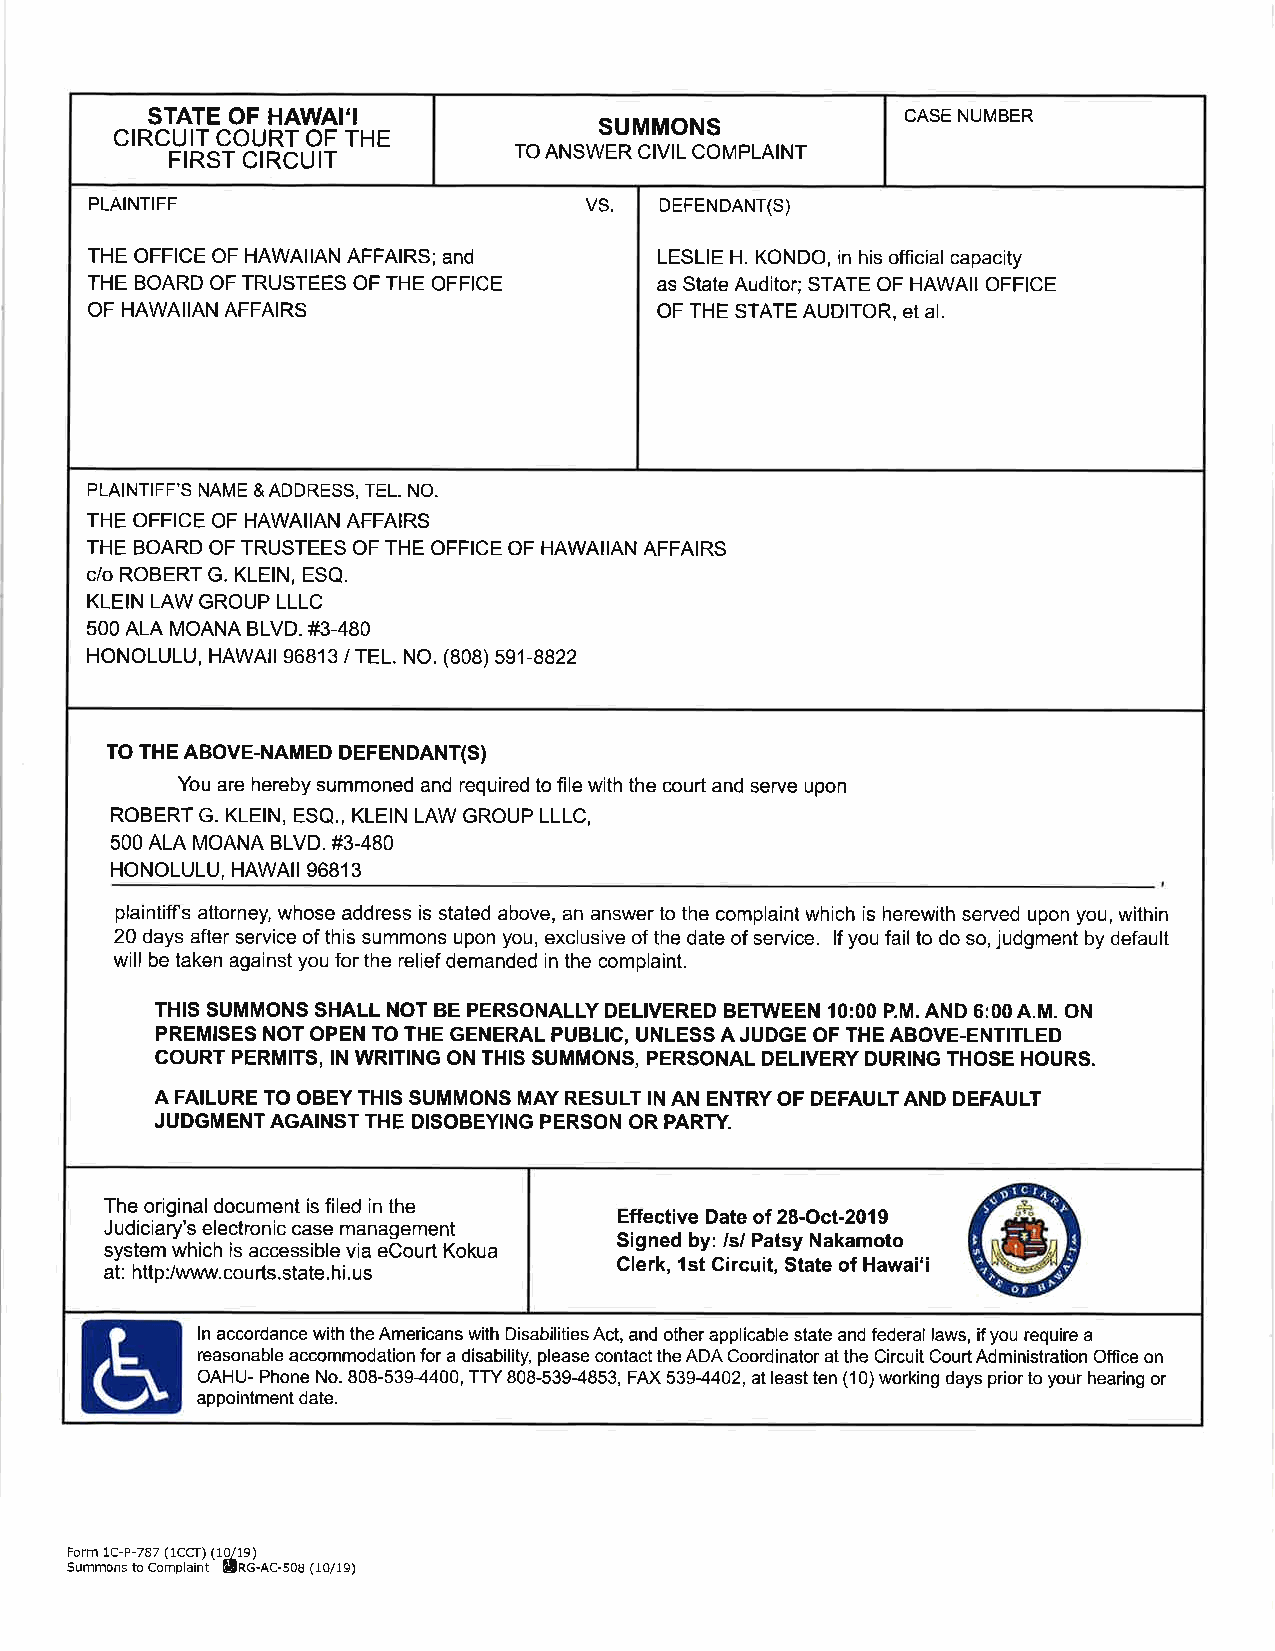
STATE OF HAWAI'I                                  CASE NUMBER
 SUMMONS
 CIRCUIT COURT OF THE
 FIRST CIRCUIT          TO ANSWER CIVIL COMPLAINT
 PLAINTIFF                        VS.  DEFENDANT(S)
 THE OFFICE OF HAWAIIAN AFFAIRS;and    LESLIE H. KONDO, in his official capacity
 THE BOARD OF TRUSTEES OF THE OFFICE   as State Auditor;STATE OF HAWAII OFFICE
 OF HAWAIIAN AFFAIRS                   OF THE STATE AUDITOR, et al.
 PLAINTIFF'S NAME &ADDRESS, TEL. NO.
 THE OFFICE OF HAWAIIAN AFFAIRS
 THE BOARD OF TRUSTEES OF THE OFFICE OF HAWAIIAN AFFAIRS
 c/o ROBERT G. KLEIN, ESQ.
 KLEIN LAW GROUP LLLC
 5OO ALA MOANA BLVD. #3-480
 HONOLULU, HAWAil 96813 / TEL. NO. (808) 591-8822
 TO THE ABOVE-NAMED DEFENDANT(S)
 You are hereby summoned and required to file with the court and serve upon
 ROBERT G. KLEIN, ESQ., KLEIN LAW GROUP LLLC,
 5OO ALA MOANA BLVD. #3-480
 HONOLULU, HAWAII96813
 plaintiffs attorney, whose address is stated above, an answer to the complaint which is herewith served upon you, within
 20 days after service of this summons upon you, exclusive of the date of service. lf you fail to do so, judgment by default
 will be taken against you for the relief demanded in the complaint.
 THIS SUMMONS SHALL NOT BE PERSONALLY DELIVERED BETWEEN 10:00 P.M. AND 6:00 A.M. ON
 PREMISES NOT OPEN TO THE GENERAL PUBLIC, UNLESS A JUDGE OF THE ABOVE-ENTITLED
 COURT PERMITS, IN WRITING ON THIS SUMMONS, PERSONAL DELIVERY DURING THOSE HOURS.
 A FAILURE TO OBEY THIS SUMMONS MAY RESULT IN AN ENTRY OF DEFAULT AND DEFAULT
 JUDGMENTAGAINST THE DISOBEYING PERSON OR PARW.
 The originaldocument is filed in the
 Effective Date of 28-Oct-2019
 Judiciary's electronic case management
 Signed by: lslPatsy Nakamoto
 system which is accessible via eCourt Kokua
 Clerk, lst Gircuit, State of Hawai'i
 at: http:/www.courts.state. hi.us
 BI      ln accordance with the Americans with Disabilities Act, and other applicable state and federal laws, if you require a
 reasonable accommodation for a disability, please contact the ADA Coordinator at the Circuit Court Administration Office on
 OAHU- Phone No. 808-5394400, TTY 808-539-4853, FAX 539-4402, at least ten (10) working days prior to your hearing or
 appointment date.
 Form 1C-P-787 (1CCT)('d10la/1c9-)nc-sos
 Summons to Complaint (10/19)